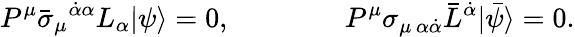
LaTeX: P^{\mu}\bar{\sigma}_{\mu}{}^{\dot{\alpha}\alpha}L_{\alpha}|\psi\rangle=0,\qquad\qquad P^{\mu}\sigma_{\mu\, \alpha\dot{\alpha}}\bar{L}^{\dot{\alpha}}|\bar{\psi}\rangle=0.